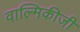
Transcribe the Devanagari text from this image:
वाल्‍मिकीजी